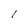
Character: I